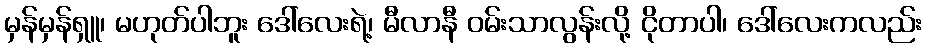
မှန်မှန်ရှူ၊ မဟုတ်ပါဘူး ဒေါ်လေးရဲ့၊ မီလာနီ ဝမ်းသာလွန်းလို့ ငိုတာပါ၊ ဒေါ်လေးကလည်း